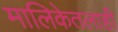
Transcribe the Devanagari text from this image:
मालिकेतलाही